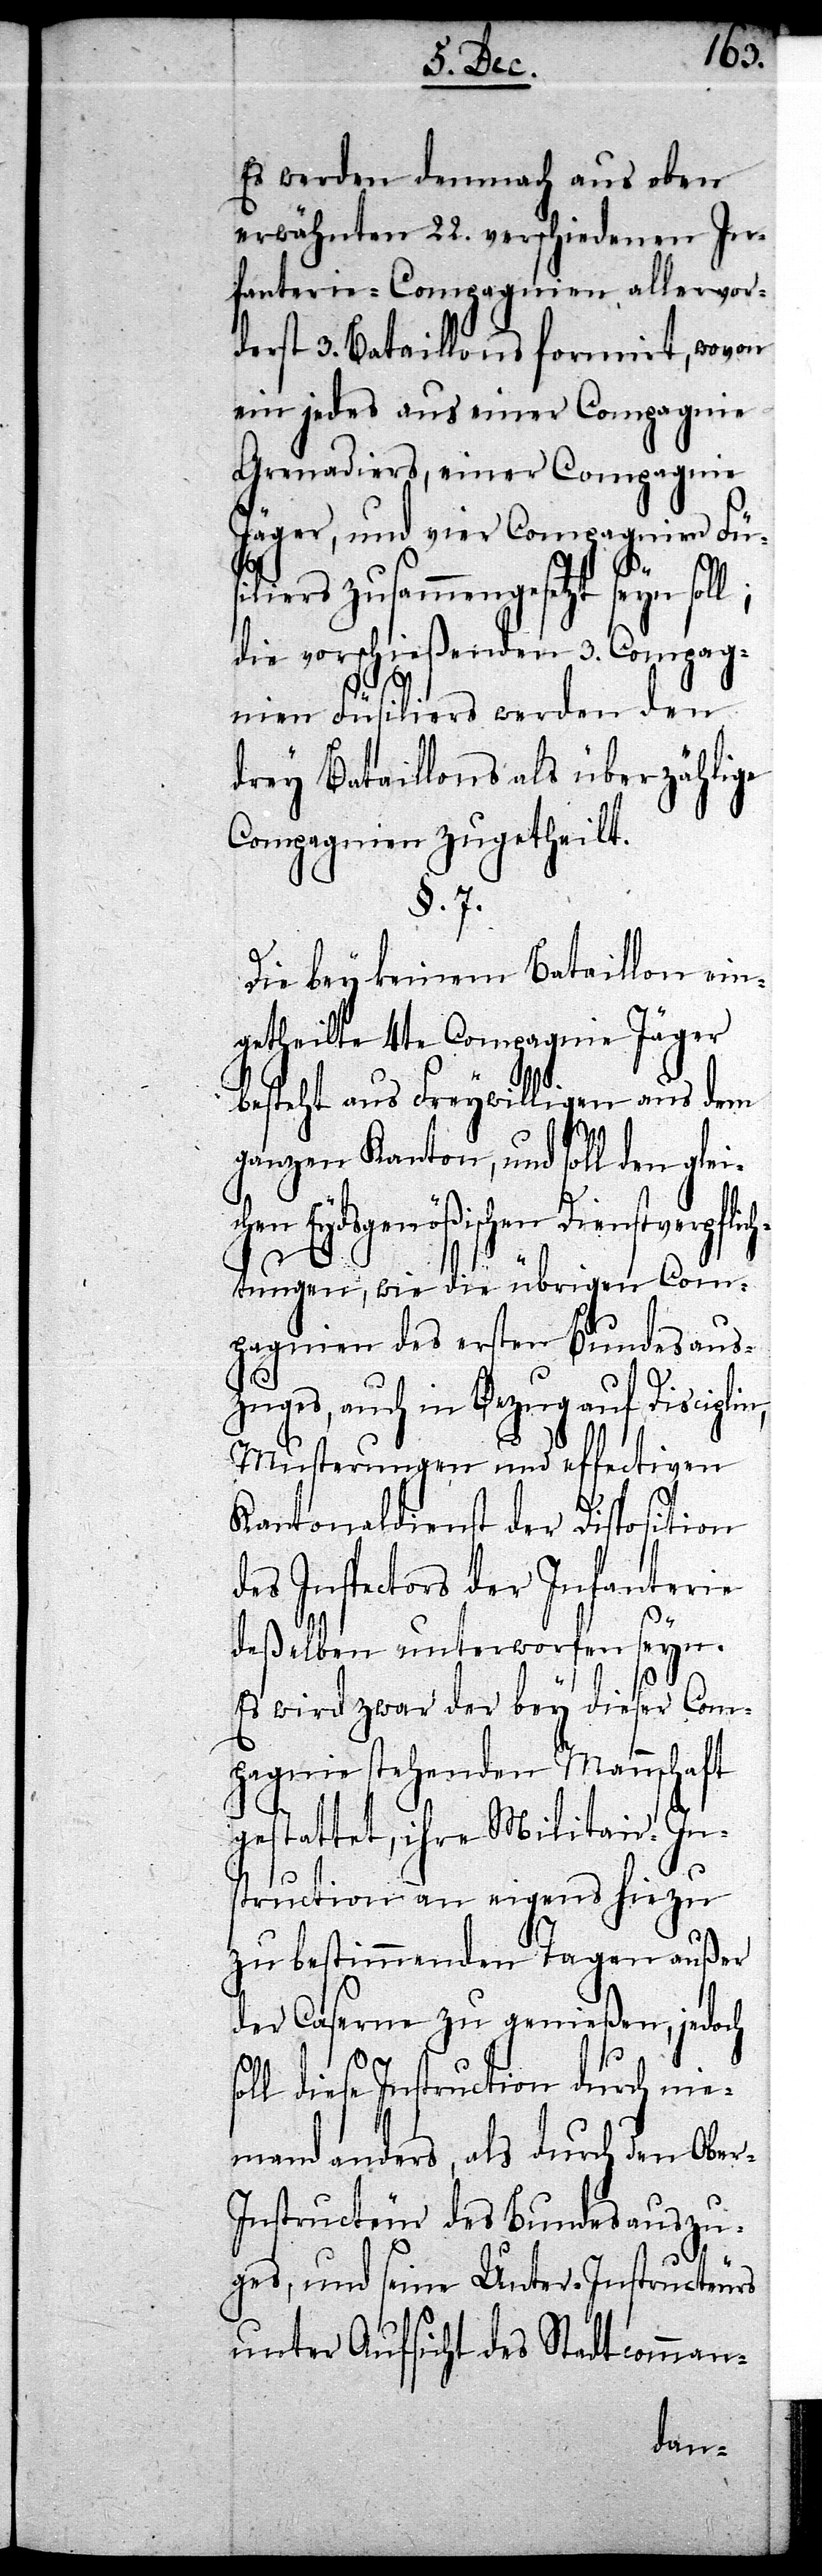
so¬
Es werden demnach aus oben
erwähnten 22. verschiedenen In¬
fanterie-Compagnien allervor¬
derst 3. Bataillons formirt, wovon
ein jedes aus einer Compagnie
Grenadiers, einer Compagnie
Jäger, und vier Compagnien Füs¬
iliers zusammengesetzt seyn sol¬
die verschiedenen 3. Compag¬
nien Füsiliers werden den
drey Bataillons als überzählige
Compagnien zugetheilt.
§. 7.
Die bey keinem Bataillon ein¬
getheilte 4te Compagnie Jäger
besteht aus Freywilligen aus dem
ganzen Kanton, und soll den glei¬
chen Eydsgenößischen Dienstverpflic¬
htungen, wie die übrigen Com¬
pagnien des ersten Bundesaus¬
zuges, auch in Bezug auf Disciplin,
Musterungen und effectiven
Kantonaldienst der Disposition
des Inspectors der Infanterie
deßelben unterworfen seyn.
Es wird zwar der bey dieser Com¬
pagnie stehenden Mannschaft
gestattet, ihre Militair-In¬
struction an eigens hiezu
zu bestimmenden Tagen außer
der Caserne zu genießen, jedoch
ll diese Instruction durch nie¬
mand anders, als durch den Ober-I¬
nstructeur des Bundesauszu¬
ges, und seine Unter-Instructeurs
unter Aufsicht des Stadtcomman-
l;